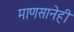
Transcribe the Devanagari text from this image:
माणसानेही